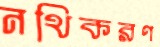
নথিকরণ